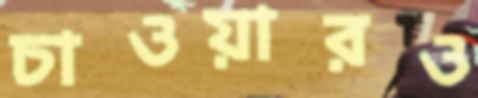
চাওয়ারও